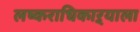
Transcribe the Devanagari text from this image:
लष्कराधिकाऱ्याला